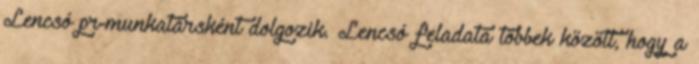
Lencsó pr-munkatársként dolgozik. Lencsó feladata többek között, hogy a